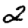
Digit: 2